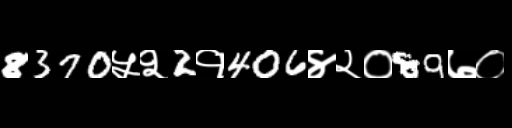
Text: 8370५२2१406४२०89७०